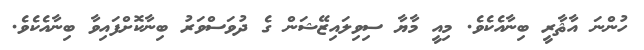
ހުންނަ އާޘާރީ ބިނާއެކެވެ. މިއީ މާޔާ ސިވިލައިޒޭޝަން ގެ ދުވަސްވަރު ބިނާކޮށްފައިވާ ބިނާއެކެވެ.